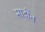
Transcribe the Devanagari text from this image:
मादींत